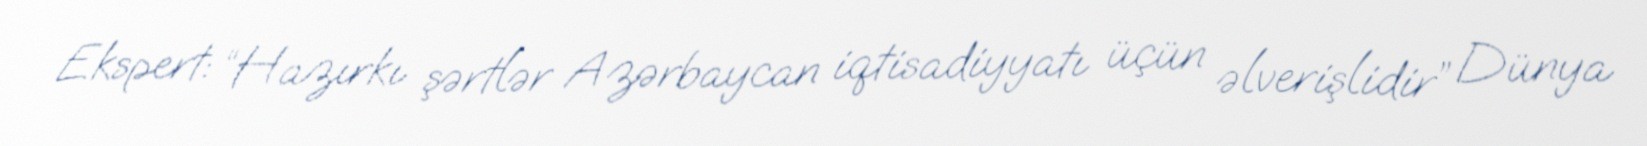
Ekspert: “Hazırkı şərtlər Azərbaycan iqtisadiyyatı üçün əlverişlidir” Dünya